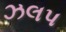
ઝલપ